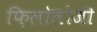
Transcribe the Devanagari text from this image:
फ़िलोलोजी